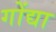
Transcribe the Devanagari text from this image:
गोंद्या